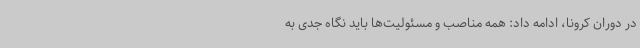
در دوران کرونا، ادامه داد: همه مناصب و مسئولیت‌ها باید نگاه جدی به